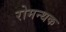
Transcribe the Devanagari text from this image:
रोमन्थक